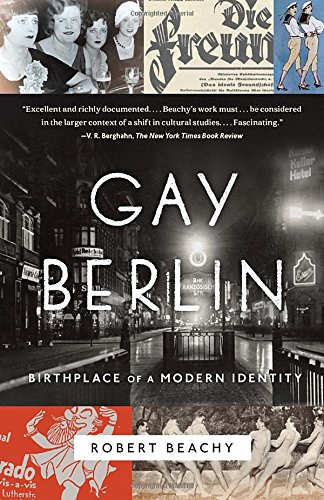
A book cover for Gay Berlin: Birthplace of a Modern Identity; Robert Beachy; Gay & Lesbian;